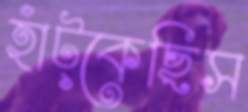
হাঁট্‌কেছিস